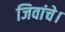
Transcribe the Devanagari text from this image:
जिवांचे।